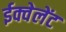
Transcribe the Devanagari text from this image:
ईक्वेलेंट